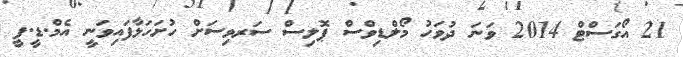
21 އޯގަސްޓް 2014 ވަނަ ދުވަހު މޯލްޑިވްސް ޕޮލިސް ސަރވިސަށް ހުށަހަޅާފައިވަނީ އެމް.ޑީ.ޕީ